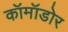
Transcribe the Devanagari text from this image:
कॉमॉडोर